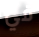
في